Leaving Certificate, 1896
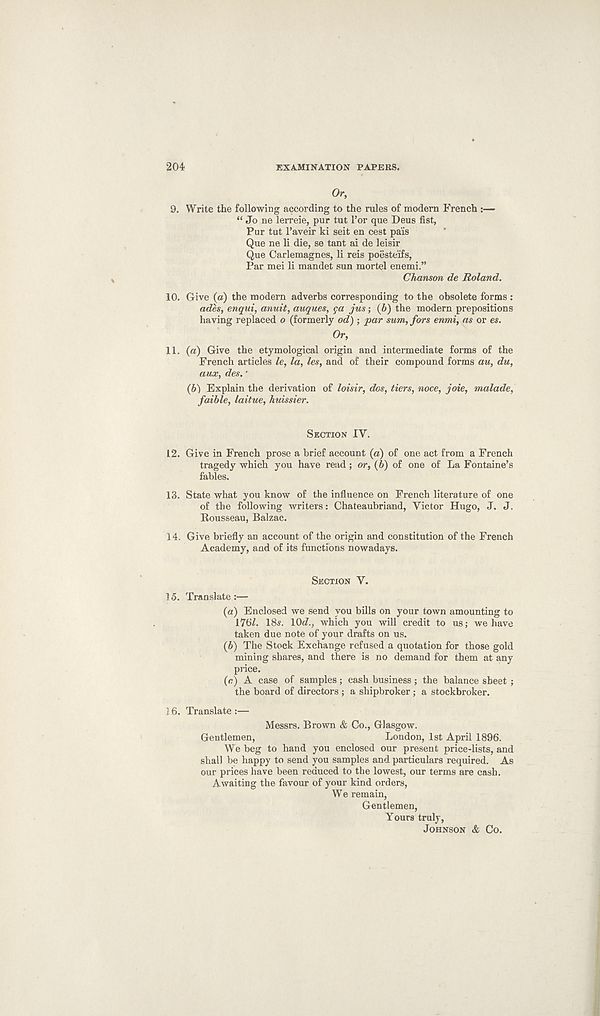
204
EXAMINATION PAPERS.
Or,
9.
Write the fo
“ Jo ne lerreie, pur tut 1’or que Deus fist,
Pur tut 1’aveir ki seit en cest pais
Que ne li die, se tant ai de leisir
Que Carlemagnes, li reis poesteifs,
Par mei li mandet sun mortel enemi.”
Chanson de Roland.
10. Give (a) the modern adverbs corresponding to the obsolete forms :
ades, enqui, anuit, auques, ga jus; (b) the modern prepositions
having replaced o (formerly od) ; par sum, fors enmi, as or es.
Or,
11. (a) Give the etymological origin and intermediate forms of the
French articles le, la, les, and of their compound forms au, du,
aux, des.'
(6) Explain the derivation of loisir, dos, tiers, noce, joie, malade,
faible, laitue, huissier.
SECTION IV.
12. Give in French prose a brief account (a) of one act from a French
tragedy which you have read ; or, (b) of one of La Fontaine’s
fables.
13. State what you know of the influence on French literature of one
of the following writers: Chateaubriand, Victor Hugo, J. J.
Rousseau, Balzac.
14. Give briefly an account of the origin and constitution of the French
Academy, and of its functions nowadays.
SECTION V.
15. Translate :—
(a) Enclosed we send you bills on your town amounting to
17GI. 18s. 10d., which you will credit to us; we have
taken due note of your drafts on us.
(b) The Stock Exchange refused a quotation for those gold
mining shares, and there is no demand for them at any
price.
(c) A case of samples; cash business; the balance sheet ;
the board of directors ; a shipbroker ; a stockbroker.
16. Translate :—
Messrs. Brown & Co., Glasgow.
Gentlemen,
London, 1st April 1896.
We beg to hand you enclosed our present price-lists, and
shall be happy to send you samples and particulars required. As
our prices have been reduced to the lowest, our terms are cash.
Awaiting the favour of your kind orders,
We remain,
Gentlemen,
Yours truly,
JOHNSON & Co.